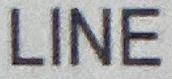
LINE